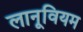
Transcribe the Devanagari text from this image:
लानूवियम